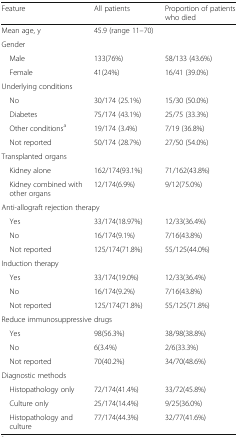
| Feature | All patients | Proportion of patients who died |
 | --- | --- | --- |
 | Mean age, y | 45.9 (range 11–70) |  |
 | <COLSPAN=3> Gender |
 | Male | 133(76%) | 58/133 (43.6%) |
 | Female | 41(24%) | 16/41 (39.0%) |
 | <COLSPAN=3> Underlying conditions |
 | No | 30/174 (25.1%) | 15/30 (50.0%) |
 | Diabetes | 75/174 (43.1%) | 25/75 (33.3%) |
 | Other conditionsa | 19/174 (3.4%) | 7/19 (36.8%) |
 | Not reported | 50/174 (28.7%) | 27/50 (54.0%) |
 | <COLSPAN=3> Transplanted organs |
 | Kidney alone | 162/174(93.1%) | 71/162(43.8%) |
 | Kidney combined with other organs | 12/174(6.9%) | 9/12(75.0%) |
 | <COLSPAN=3> Anti-allograft rejection therapy |
 | Yes | 33/174(18.97%) | 12/33(36.4%) |
 | No | 16/174(9.1%) | 7/16(43.8%) |
 | Not reported | 125/174(71.8%) | 55/125(44.0%) |
 | <COLSPAN=3> Induction therapy |
 | Yes | 33/174(19.0%) | 12/33(36.4%) |
 | No | 16/174(9.2%) | 7/16(43.8%) |
 | Not reported | 125/174(71.8%) | 55/125(71.8%) |
 | <COLSPAN=3> Reduce immunosuppressive drugs |
 | Yes | 98(56.3%) | 38/98(38.8%) |
 | No | 6(3.4%) | 2/6(33.3%) |
 | Not reported | 70(40.2%) | 34/70(48.6%) |
 | <COLSPAN=3> Diagnostic methods |
 | Histopathology only | 72/174(41.4%) | 33/72(45.8%) |
 | Culture only | 25/174(14.4%) | 9/25(36.0%) |
 | Histopathology and culture | 77/174(44.3%) | 32/77(41.6%) |